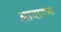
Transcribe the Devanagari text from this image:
आवागम